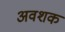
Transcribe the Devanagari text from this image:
अवशक